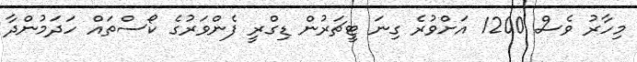
މިހާރު ވެސް 1200 އަށްވުރެ ގިނަ ޓީޗަރުން ޑިގްރީ ފެންވަރުގެ ކޯސްތައް ހަދަމުންދާ